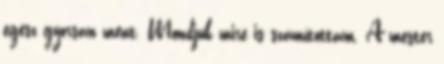
egész gyorsan ment. Mondjuk mire is számítottam. A mester